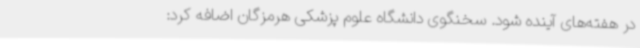
در هفته‌های آینده شود. سخنگوی دانشگاه علوم پزشکی هرمزگان اضافه کرد: